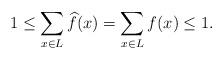
LaTeX: \begin{align*}1 \leq \sum_{x \in L} \widehat f(x) = \sum_{x \in L} f(x) \leq 1.\end{align*}